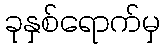
ခုနှစ်ရောက်မှ